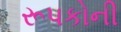
રૂપકોની